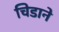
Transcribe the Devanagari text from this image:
चिडाने